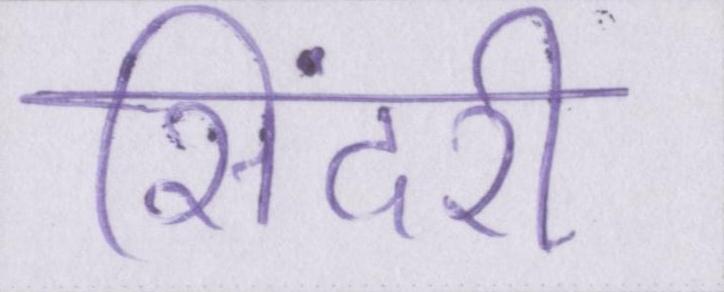
सिंदरी